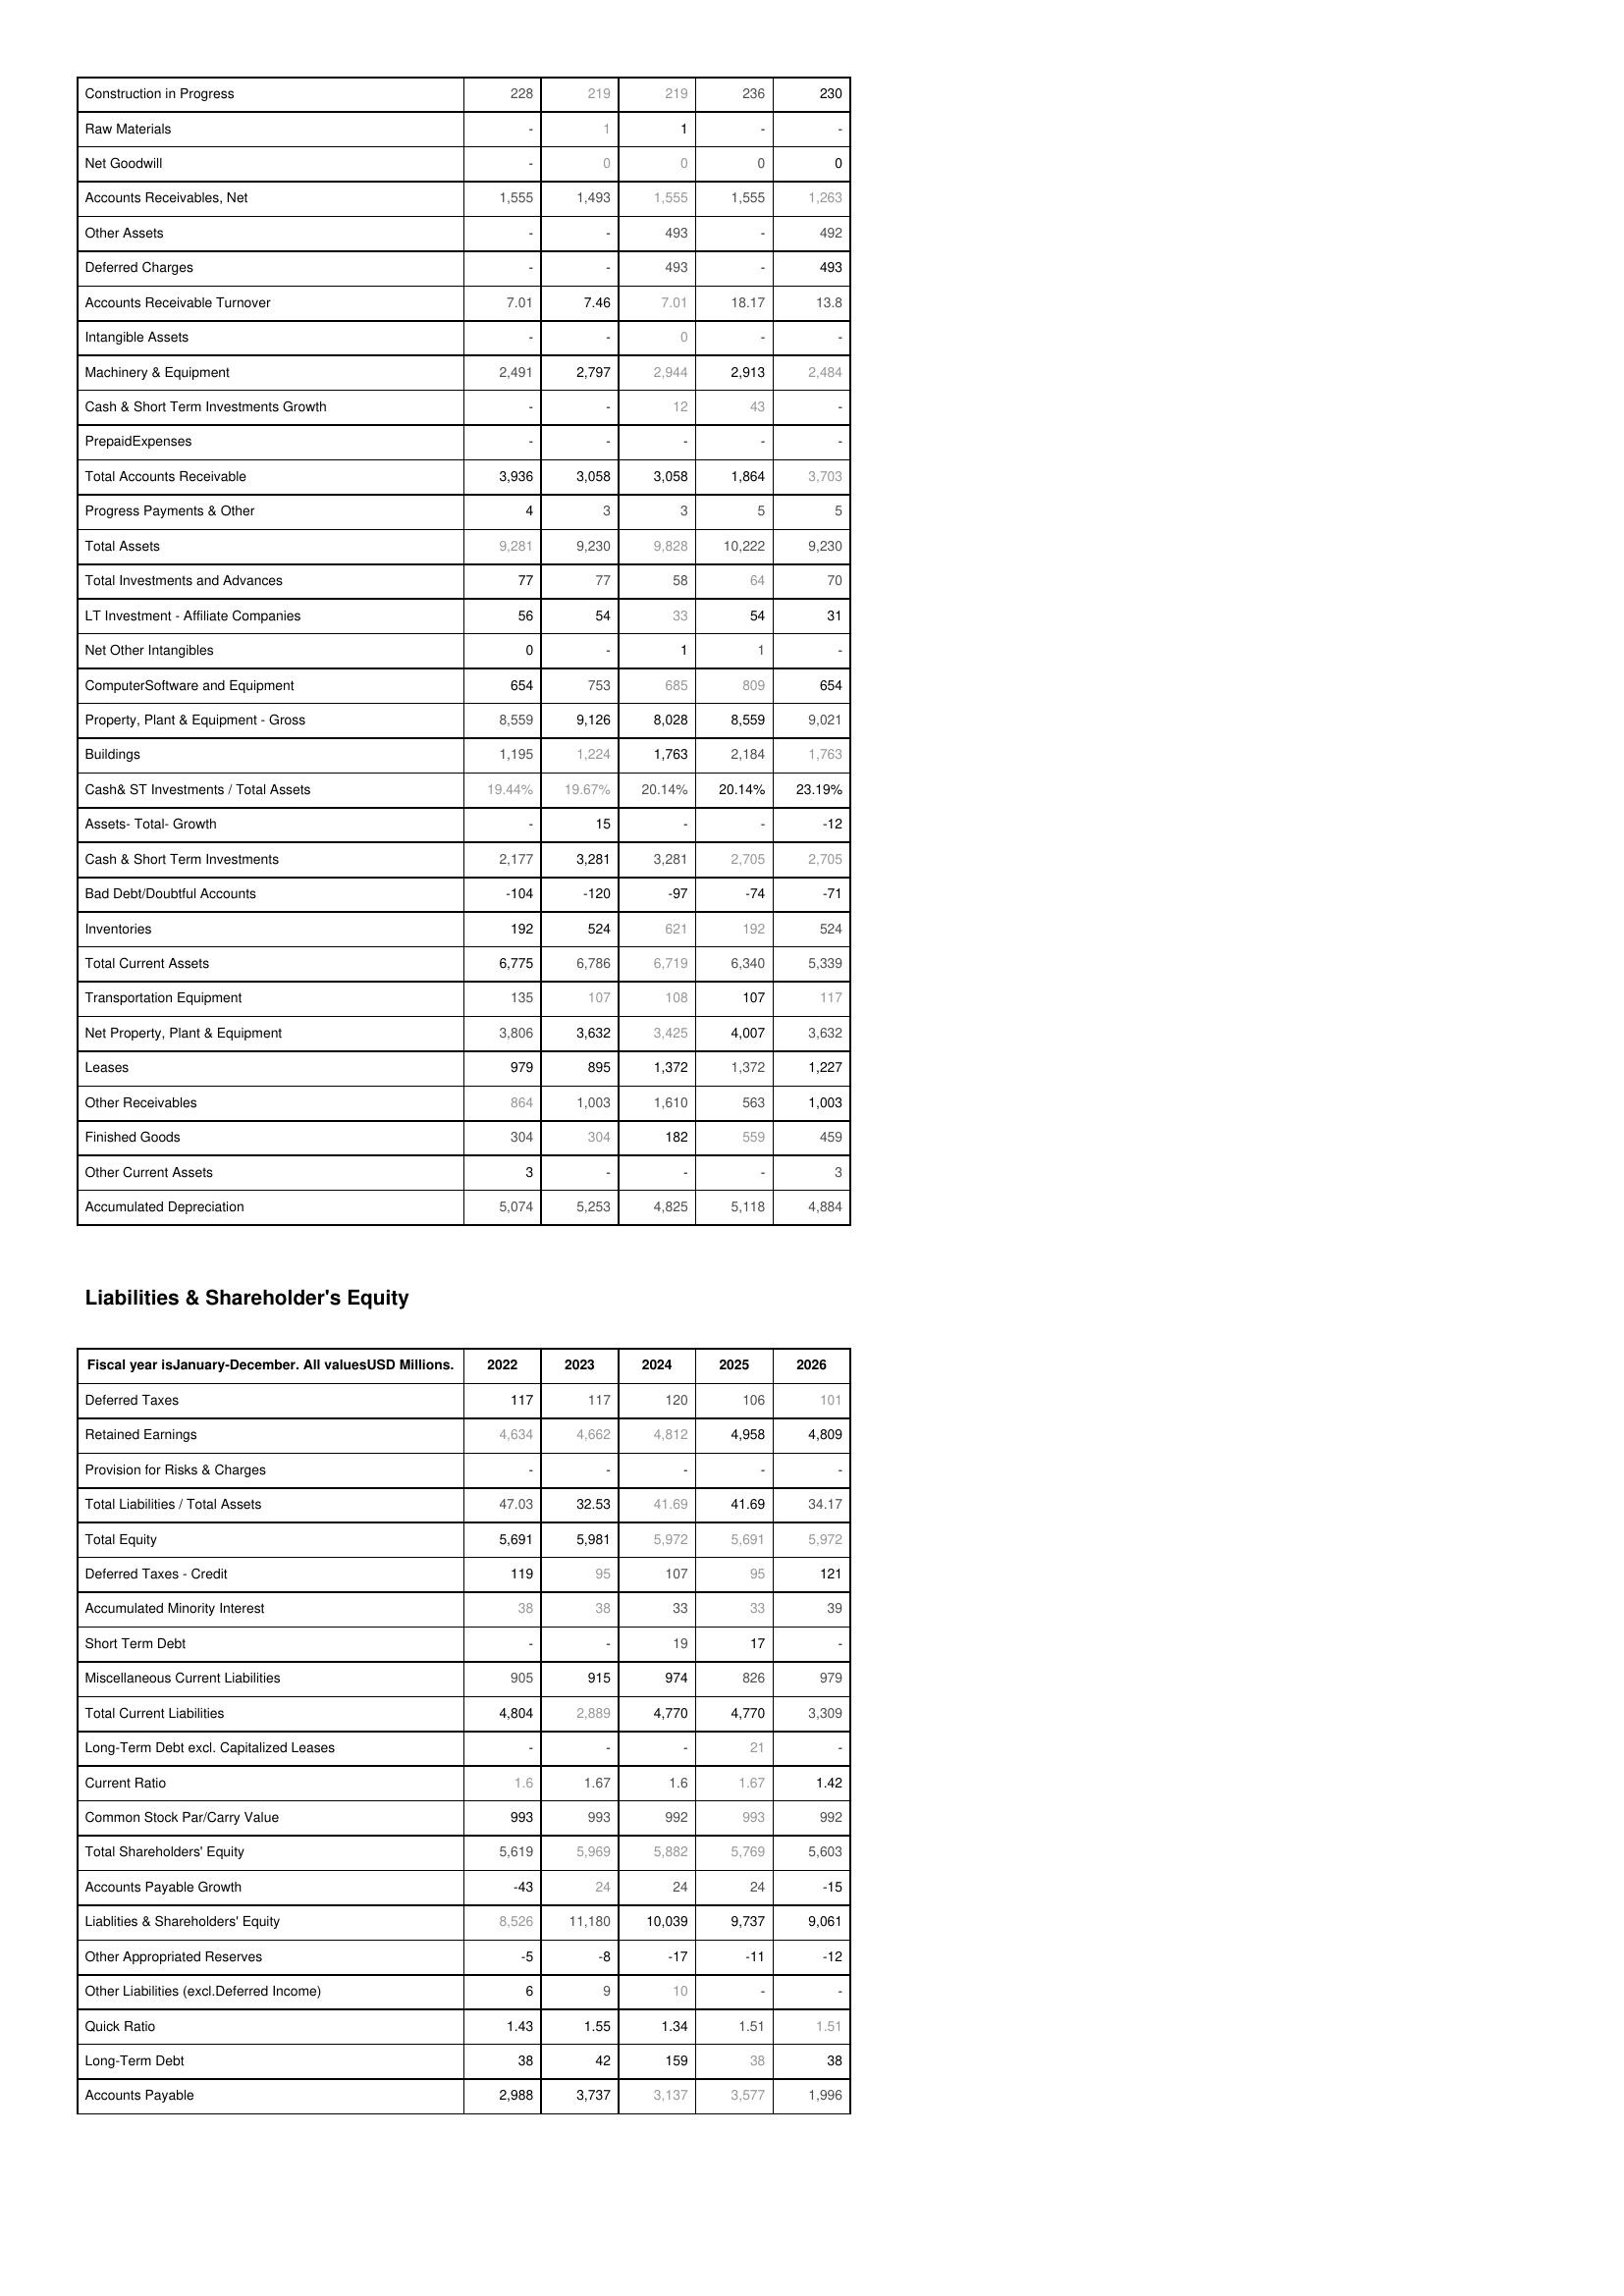
2022: Assets: Construction in Progress: 228
Raw Materials: -
Net Goodwill: -
Accounts Receivables, Net: 1,555
Other Assets: -
Deferred Charges: -
Accounts Receivable Turnover: 7.01
Intangible Assets: -
Machinery & Equipment: 2,491
Cash & Short Term Investments Growth: -
PrepaidExpenses: -
Total Accounts Receivable: 3,936
Progress Payments & Other: 4
Total Assets: 9,281
Total Investments and Advances: 77
LT Investment - Affiliate Companies: 56
Net Other Intangibles: 0
ComputerSoftware and Equipment: 654
Property, Plant & Equipment - Gross : 8,559
Buildings: 1,195
Cash& ST Investments / Total Assets: 19.44%
Assets- Total- Growth: -
Cash & Short Term Investments: 2,177
Bad Debt/Doubtful Accounts: -104
Inventories: 192
Total Current Assets: 6,775
Transportation Equipment: 135
Net Property, Plant & Equipment: 3,806
Leases: 979
Other Receivables: 864
Finished Goods: 304
Other Current Assets: 3
Accumulated Depreciation: 5,074
Liabilities & Shareholder's Equity: Deferred Taxes: 117
Retained Earnings: 4,634
Provision for Risks & Charges: -
Total Liabilities / Total Assets: 47.03
Total Equity: 5,691
Deferred Taxes - Credit: 119
Accumulated Minority Interest: 38
Short Term Debt: -
Miscellaneous Current Liabilities: 905
Total Current Liabilities: 4,804
Long-Term Debt excl. Capitalized Leases: -
Current Ratio: 1.6
Common Stock Par/Carry Value: 993
Total Shareholders' Equity: 5,619
Accounts Payable Growth: -43
Liablities & Shareholders' Equity: 8,526
Other Appropriated Reserves: -5
Other Liabilities (excl.Deferred Income): 6
Quick Ratio: 1.43
Long-Term Debt: 38
Accounts Payable: 2,988
2023: Assets: Construction in Progress: 219
Raw Materials: 1
Net Goodwill: 0
Accounts Receivables, Net: 1,493
Other Assets: -
Deferred Charges: -
Accounts Receivable Turnover: 7.46
Intangible Assets: -
Machinery & Equipment: 2,797
Cash & Short Term Investments Growth: -
PrepaidExpenses: -
Total Accounts Receivable: 3,058
Progress Payments & Other: 3
Total Assets: 9,230
Total Investments and Advances: 77
LT Investment - Affiliate Companies: 54
Net Other Intangibles: -
ComputerSoftware and Equipment: 753
Property, Plant & Equipment - Gross : 9,126
Buildings: 1,224
Cash& ST Investments / Total Assets: 19.67%
Assets- Total- Growth: 15
Cash & Short Term Investments: 3,281
Bad Debt/Doubtful Accounts: -120
Inventories: 524
Total Current Assets: 6,786
Transportation Equipment: 107
Net Property, Plant & Equipment: 3,632
Leases: 895
Other Receivables: 1,003
Finished Goods: 304
Other Current Assets: -
Accumulated Depreciation: 5,253
Liabilities & Shareholder's Equity: Deferred Taxes: 117
Retained Earnings: 4,662
Provision for Risks & Charges: -
Total Liabilities / Total Assets: 32.53
Total Equity: 5,981
Deferred Taxes - Credit: 95
Accumulated Minority Interest: 38
Short Term Debt: -
Miscellaneous Current Liabilities: 915
Total Current Liabilities: 2,889
Long-Term Debt excl. Capitalized Leases: -
Current Ratio: 1.67
Common Stock Par/Carry Value: 993
Total Shareholders' Equity: 5,969
Accounts Payable Growth: 24
Liablities & Shareholders' Equity: 11,180
Other Appropriated Reserves: -8
Other Liabilities (excl.Deferred Income): 9
Quick Ratio: 1.55
Long-Term Debt: 42
Accounts Payable: 3,737
2024: Assets: Construction in Progress: 219
Raw Materials: 1
Net Goodwill: 0
Accounts Receivables, Net: 1,555
Other Assets: 493
Deferred Charges: 493
Accounts Receivable Turnover: 7.01
Intangible Assets: 0
Machinery & Equipment: 2,944
Cash & Short Term Investments Growth: 12
PrepaidExpenses: -
Total Accounts Receivable: 3,058
Progress Payments & Other: 3
Total Assets: 9,828
Total Investments and Advances: 58
LT Investment - Affiliate Companies: 33
Net Other Intangibles: 1
ComputerSoftware and Equipment: 685
Property, Plant & Equipment - Gross : 8,028
Buildings: 1,763
Cash& ST Investments / Total Assets: 20.14%
Assets- Total- Growth: -
Cash & Short Term Investments: 3,281
Bad Debt/Doubtful Accounts: -97
Inventories: 621
Total Current Assets: 6,719
Transportation Equipment: 108
Net Property, Plant & Equipment: 3,425
Leases: 1,372
Other Receivables: 1,610
Finished Goods: 182
Other Current Assets: -
Accumulated Depreciation: 4,825
Liabilities & Shareholder's Equity: Deferred Taxes: 120
Retained Earnings: 4,812
Provision for Risks & Charges: -
Total Liabilities / Total Assets: 41.69
Total Equity: 5,972
Deferred Taxes - Credit: 107
Accumulated Minority Interest: 33
Short Term Debt: 19
Miscellaneous Current Liabilities: 974
Total Current Liabilities: 4,770
Long-Term Debt excl. Capitalized Leases: -
Current Ratio: 1.6
Common Stock Par/Carry Value: 992
Total Shareholders' Equity: 5,882
Accounts Payable Growth: 24
Liablities & Shareholders' Equity: 10,039
Other Appropriated Reserves: -17
Other Liabilities (excl.Deferred Income): 10
Quick Ratio: 1.34
Long-Term Debt: 159
Accounts Payable: 3,137
2025: Assets: Construction in Progress: 236
Raw Materials: -
Net Goodwill: 0
Accounts Receivables, Net: 1,555
Other Assets: -
Deferred Charges: -
Accounts Receivable Turnover: 18.17
Intangible Assets: -
Machinery & Equipment: 2,913
Cash & Short Term Investments Growth: 43
PrepaidExpenses: -
Total Accounts Receivable: 1,864
Progress Payments & Other: 5
Total Assets: 10,222
Total Investments and Advances: 64
LT Investment - Affiliate Companies: 54
Net Other Intangibles: 1
ComputerSoftware and Equipment: 809
Property, Plant & Equipment - Gross : 8,559
Buildings: 2,184
Cash& ST Investments / Total Assets: 20.14%
Assets- Total- Growth: -
Cash & Short Term Investments: 2,705
Bad Debt/Doubtful Accounts: -74
Inventories: 192
Total Current Assets: 6,340
Transportation Equipment: 107
Net Property, Plant & Equipment: 4,007
Leases: 1,372
Other Receivables: 563
Finished Goods: 559
Other Current Assets: -
Accumulated Depreciation: 5,118
Liabilities & Shareholder's Equity: Deferred Taxes: 106
Retained Earnings: 4,958
Provision for Risks & Charges: -
Total Liabilities / Total Assets: 41.69
Total Equity: 5,691
Deferred Taxes - Credit: 95
Accumulated Minority Interest: 33
Short Term Debt: 17
Miscellaneous Current Liabilities: 826
Total Current Liabilities: 4,770
Long-Term Debt excl. Capitalized Leases: 21
Current Ratio: 1.67
Common Stock Par/Carry Value: 993
Total Shareholders' Equity: 5,769
Accounts Payable Growth: 24
Liablities & Shareholders' Equity: 9,737
Other Appropriated Reserves: -11
Other Liabilities (excl.Deferred Income): -
Quick Ratio: 1.51
Long-Term Debt: 38
Accounts Payable: 3,577
2026: Assets: Construction in Progress: 230
Raw Materials: -
Net Goodwill: 0
Accounts Receivables, Net: 1,263
Other Assets: 492
Deferred Charges: 493
Accounts Receivable Turnover: 13.8
Intangible Assets: -
Machinery & Equipment: 2,484
Cash & Short Term Investments Growth: -
PrepaidExpenses: -
Total Accounts Receivable: 3,703
Progress Payments & Other: 5
Total Assets: 9,230
Total Investments and Advances: 70
LT Investment - Affiliate Companies: 31
Net Other Intangibles: -
ComputerSoftware and Equipment: 654
Property, Plant & Equipment - Gross : 9,021
Buildings: 1,763
Cash& ST Investments / Total Assets: 23.19%
Assets- Total- Growth: -12
Cash & Short Term Investments: 2,705
Bad Debt/Doubtful Accounts: -71
Inventories: 524
Total Current Assets: 5,339
Transportation Equipment: 117
Net Property, Plant & Equipment: 3,632
Leases: 1,227
Other Receivables: 1,003
Finished Goods: 459
Other Current Assets: 3
Accumulated Depreciation: 4,884
Liabilities & Shareholder's Equity: Deferred Taxes: 101
Retained Earnings: 4,809
Provision for Risks & Charges: -
Total Liabilities / Total Assets: 34.17
Total Equity: 5,972
Deferred Taxes - Credit: 121
Accumulated Minority Interest: 39
Short Term Debt: -
Miscellaneous Current Liabilities: 979
Total Current Liabilities: 3,309
Long-Term Debt excl. Capitalized Leases: -
Current Ratio: 1.42
Common Stock Par/Carry Value: 992
Total Shareholders' Equity: 5,603
Accounts Payable Growth: -15
Liablities & Shareholders' Equity: 9,061
Other Appropriated Reserves: -12
Other Liabilities (excl.Deferred Income): -
Quick Ratio: 1.51
Long-Term Debt: 38
Accounts Payable: 1,996